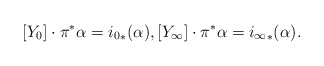
\begin{align*} [Y_0]\cdot \pi^*\alpha = {i_0}_*(\alpha), [Y_{\infty}] \cdot \pi^*\alpha = {i_{\infty}}_*(\alpha).\end{align*}